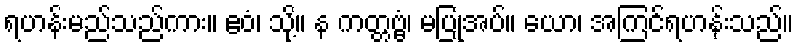
ရဟန်းမည်သည်ကား။ ဧဝံ၊ သို့။ န ကတ္တဗ္ဗံ၊ မပြုအပ်။ ယော၊ အကြင်ရဟန်းသည်။